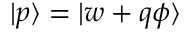
| p \rangle = | w + q \phi \rangle